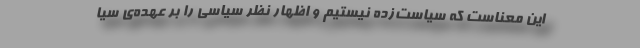
این معناست که سیاست‌زده نیستیم و اظهار نظر سیاسی را بر عهده‌ی سیا